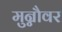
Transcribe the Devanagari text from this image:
मुन्नौवर